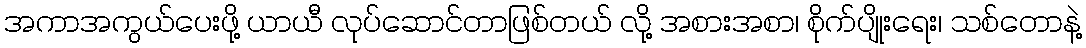
အကာအကွယ်ပေးဖို့ ယာယီ လုပ်ဆောင်တာဖြစ်တယ် လို့ အစားအစာ၊ စိုက်ပျိုးရေး၊ သစ်တောနဲ့